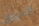
الخروج